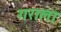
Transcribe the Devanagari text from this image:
गराला